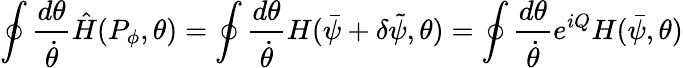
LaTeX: \oint\frac{d\theta}{\dot{\theta}}\hat{H}(P_{\phi},\theta)=\oint\frac{d\theta}{\dot{\theta}}H(\bar{\psi}+\delta\tilde{\psi},\theta)=\oint\frac{d\theta}{\dot{\theta}}e^{iQ}H(\bar{\psi},\theta)